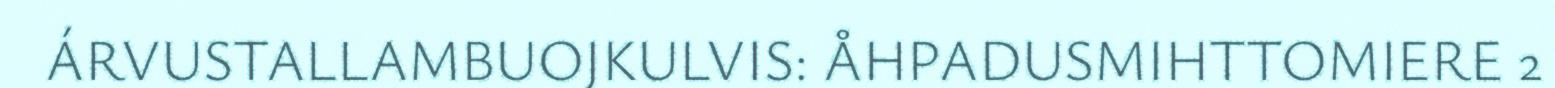
ÁRVUSTALLAMBUOJKULVIS: ÅHPADUSMIHTTOMIERE 2